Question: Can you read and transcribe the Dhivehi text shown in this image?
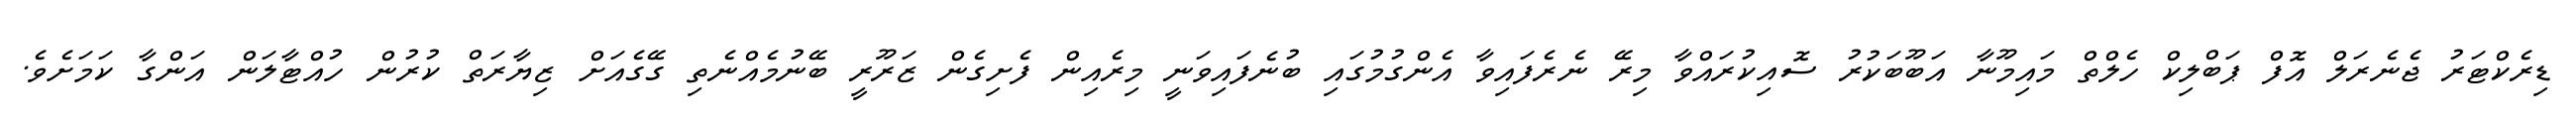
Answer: ޑިރެކްޓަރު ޖެނެރަލް އޮފް ޕަބްލިކް ހެލްތް މައިމޫނާ އަބޫބަކުރު ސޮއިކުރައްވާ މިރޭ ނެރެފައިވާ އެންގުމުގައި ބުނެފައިވަނީ މިރެއިން ފެށިގެން ޒަރޫރީ ބޭނުމެއްނެތި ގޭގެއަށް ޒިޔާރަތް ކުރުން ހުއްޓާލަން އަންގާ ކަމަށެވެ.